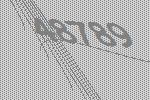
48789